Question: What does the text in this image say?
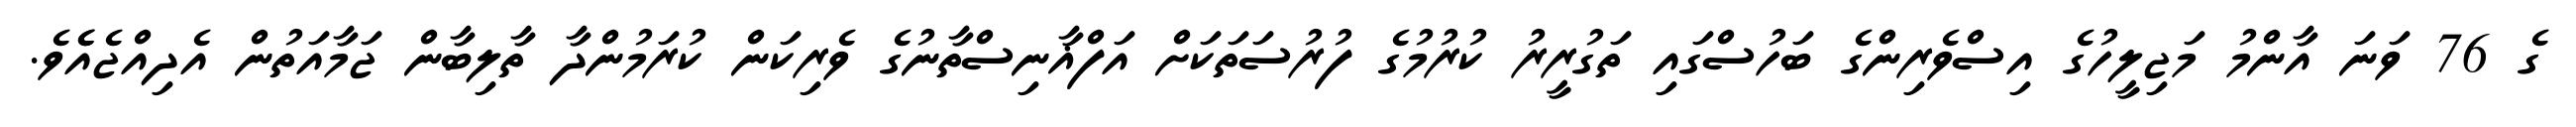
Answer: ގެ 76 ވަނަ އާންމު މަޖިލީހުގެ އިސްވެރިންގެ ބަހުސްގައި ތަގުރީރު ކުރުމުގެ ފުރުސަތަކަށް އަފްޣާނިސްތާނުގެ ވެރިކަން ކުރަމުންދާ ތާލިބާން ޖަމާއަތުން އެދިއްޖެއެެވެ.